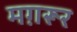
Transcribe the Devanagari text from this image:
मग़रूर